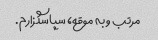
مرتب و به موقع، سپاسگزارم.